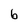
Character: 6